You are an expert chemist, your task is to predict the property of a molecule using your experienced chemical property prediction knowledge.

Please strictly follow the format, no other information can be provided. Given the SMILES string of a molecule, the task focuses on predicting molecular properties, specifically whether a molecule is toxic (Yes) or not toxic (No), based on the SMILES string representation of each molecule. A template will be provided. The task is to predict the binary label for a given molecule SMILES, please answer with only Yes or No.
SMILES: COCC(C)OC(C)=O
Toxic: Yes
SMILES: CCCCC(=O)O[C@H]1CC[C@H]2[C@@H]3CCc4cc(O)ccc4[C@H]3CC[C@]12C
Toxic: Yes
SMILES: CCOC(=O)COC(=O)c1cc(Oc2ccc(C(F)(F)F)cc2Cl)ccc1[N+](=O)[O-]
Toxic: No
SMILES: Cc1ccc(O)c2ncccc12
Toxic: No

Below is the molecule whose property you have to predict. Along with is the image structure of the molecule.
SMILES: CCN(CC)c1ccc(N=Nc2ccc(S(=O)(=O)N(C)C)cc2)c(S(=O)(=O)NCC[n+]2ccccc2)c1
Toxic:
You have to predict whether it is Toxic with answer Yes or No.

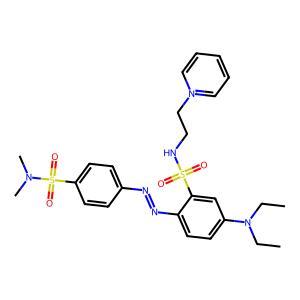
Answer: No